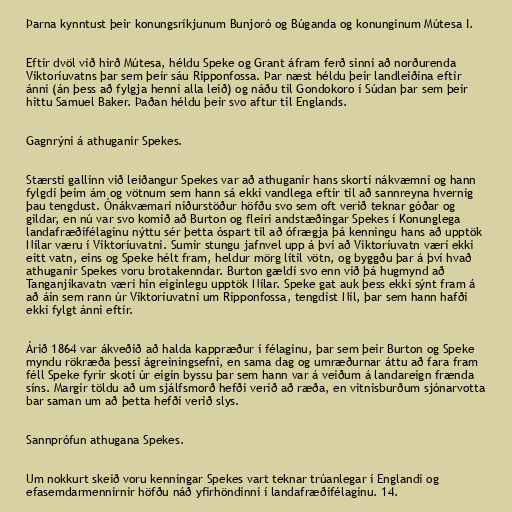
Þarna kynntust þeir konungsríkjunum Bunjoró og Búganda og konunginum Mútesa I.

Eftir dvöl við hirð Mútesa, héldu Speke og Grant áfram ferð sinni að norðurenda
Viktoríuvatns þar sem þeir sáu Ripponfossa. Þar næst héldu þeir landleiðina eftir
ánni (án þess að fylgja henni alla leið) og náðu til Gondokoro í Súdan þar sem þeir
hittu Samuel Baker. Þaðan héldu þeir svo aftur til Englands.

Gagnrýni á athuganir Spekes.

Stærsti gallinn við leiðangur Spekes var að athuganir hans skorti nákvæmni og hann
fylgdi þeim ám og vötnum sem hann sá ekki vandlega eftir til að sannreyna hvernig
þau tengdust. Ónákvæmari niðurstöður höfðu svo sem oft verið teknar góðar og
gildar, en nú var svo komið að Burton og fleiri andstæðingar Spekes í Konunglega
landafræðifélaginu nýttu sér þetta óspart til að ófrægja þá kenningu hans að upptök
Nílar væru í Viktoríuvatni. Sumir stungu jafnvel upp á því að Viktoríuvatn væri ekki
eitt vatn, eins og Speke hélt fram, heldur mörg lítil vötn, og byggðu þar á því hvað
athuganir Spekes voru brotakenndar. Burton gældi svo enn við þá hugmynd að
Tanganjikavatn væri hin eiginlegu upptök Nílar. Speke gat auk þess ekki sýnt fram á
að áin sem rann úr Viktoríuvatni um Ripponfossa, tengdist Níl, þar sem hann hafði
ekki fylgt ánni eftir.

Árið 1864 var ákveðið að halda kappræður í félaginu, þar sem þeir Burton og Speke
myndu rökræða þessi ágreiningsefni, en sama dag og umræðurnar áttu að fara fram
féll Speke fyrir skoti úr eigin byssu þar sem hann var á veiðum á landareign frænda
síns. Margir töldu að um sjálfsmorð hefði verið að ræða, en vitnisburðum sjónarvotta
bar saman um að þetta hefði verið slys.

Sannprófun athugana Spekes.

Um nokkurt skeið voru kenningar Spekes vart teknar trúanlegar í Englandi og
efasemdarmennirnir höfðu náð yfirhöndinni í landafræðifélaginu. 14.